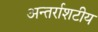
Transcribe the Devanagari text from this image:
अन्तर्राशटीय